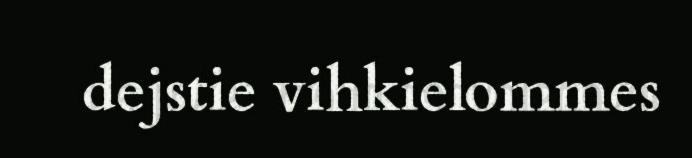
dejstie vihkielommes